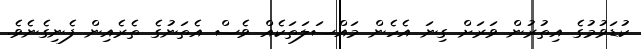
ކުޑަވުމުގެ އިތުރުން ވަރަށް ގިނަ އެހެން މައްސަލަތަކެއް ވެސް އެތަނުގެ ތެރެއިން ފެނިގެނެވެ.